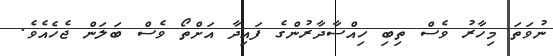
ނުވަތަ މިހާރު ވެސް ތިބި ހިއްސާދާރުންގެ ފައިދާ އަށްތޯ ވެސް ބަލަން ޖެހެއެވެ.